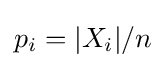
p_{i}=|X_{i}|/n